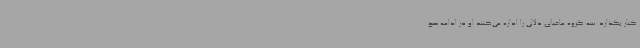
کنار بگذارد. سه گروه مافیای دلالی را اداره می‌کنند او در ادامه صح